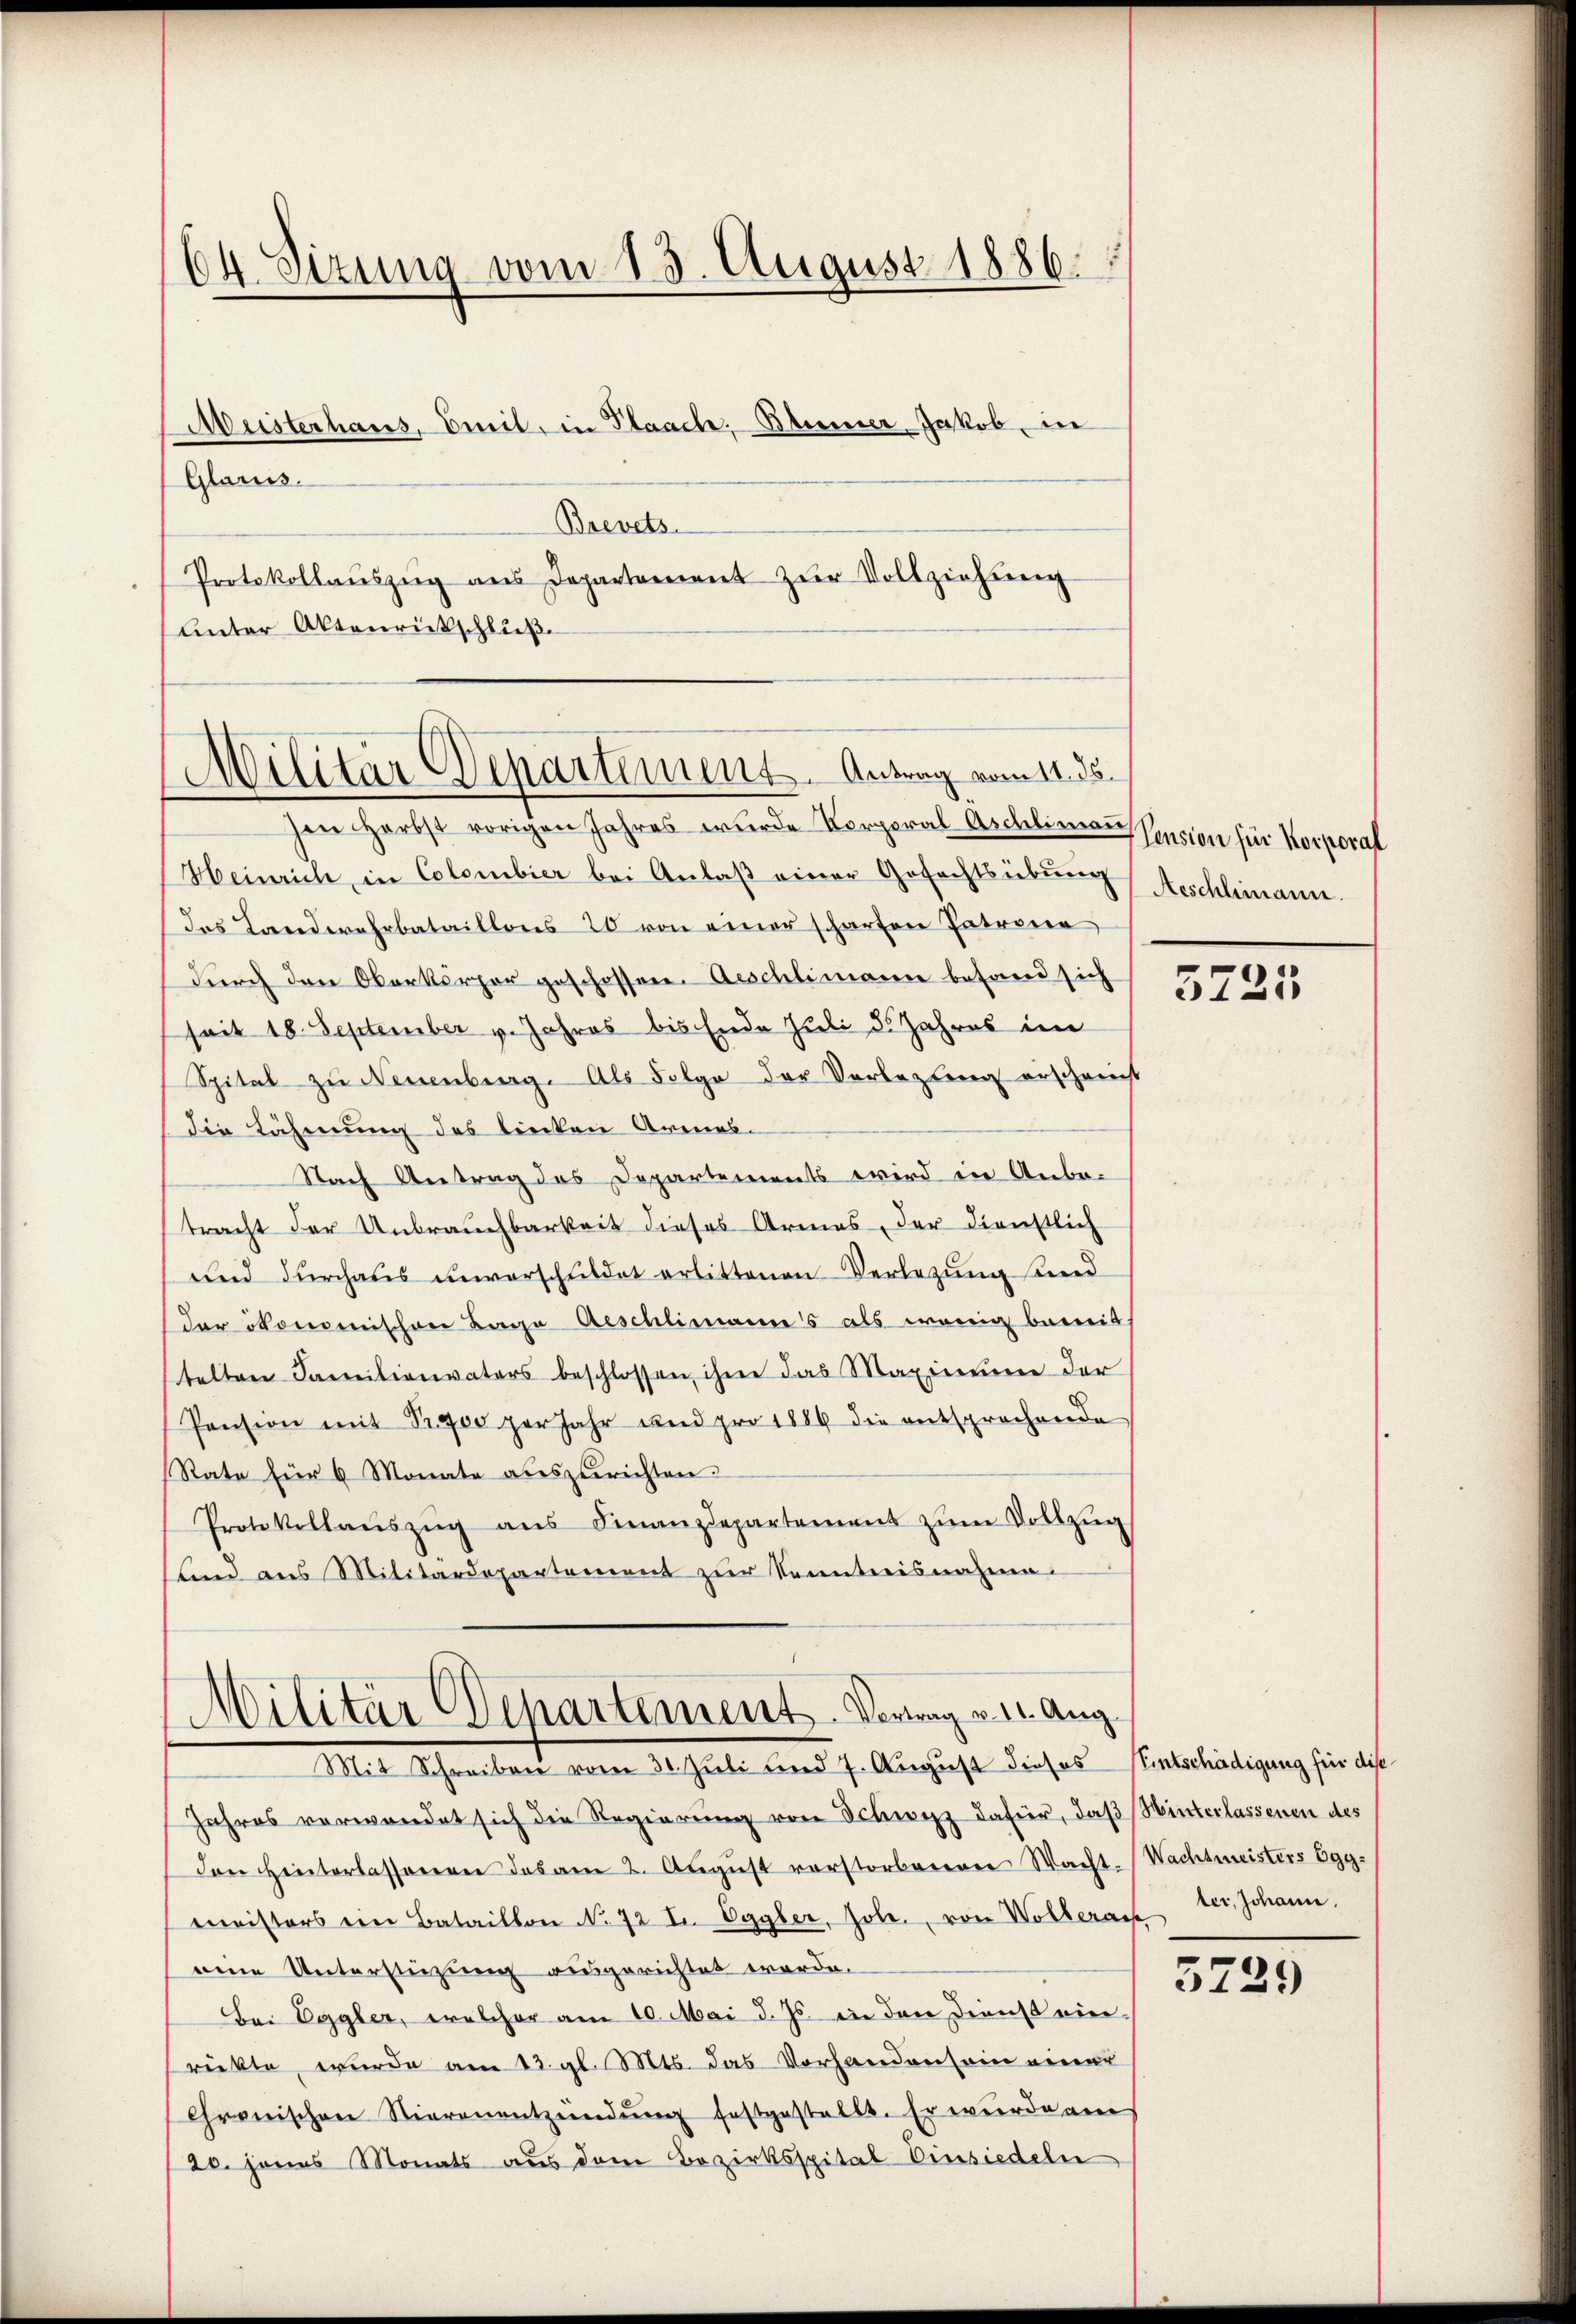
64. Sizung vom 13. August 1886.

Militär Departement. Antrag vom 11. 85.

Militär Departement. Vorweg von Aug.
Mit Schreiben vom 31. Juli und 7. August dieses Entschädigung für dise

Meisterhaus, Breit, in Plaach, Blümer Jakob, die
Glarus.
Brevets.
Protokollaŭszŭg ans Departement zŭr Vollziehung
Unter Aktenrückschluß

hen Herbst vorigen Jahres wurde Korporal Aschlimann
Heinrich, in Colombier bei Anlaß einer Gefechtsübung
das Landerahrbataillons 20 von einer scharfen Patrona
durch den Oberkörper geschossen. Aeschlimann besand sich
seit 18. September v. Jahres bis Ende Juli 5. Jahres im
Spital zu Neuenburg. Als Folge der Vorlegten erscheinst
die Lähmung des linken Armes¬
Nach Antrag des Departements wird in Anbe-
tracht der Unbrauchbarkeit dieses Armes, der dienstlich
und durchaus unverschuldet erbittenen Verlegung sind
(der ökonomischen Lage Aeschlimanns als wenig bereit
telten Familienvaters beschlossen ihm das Maximum der
Pension mit Pr 900 per Jahr und pro 1886 die entsprochende
Rate für 6 Monate auszurichten.
Protokollaŭszŭg ans Finanzdepartement zŭm Vollzŭg
lind aus Militärdepartement zur Kenntnisnahme.

Jahres verwendet sich die Regierŭng von Schwyz dafür, daß Winterlassenen des
Den Hinterlassenen das am 2. Aŭgŭst verstorbeneren Wacht-Wachtmeisters Egg-
meisters ein Bataillon No 72 I. Oggler, Jole., von Wollerachter, Johann,
eine Unterstüzung ausgerichtet werde.
Bei Eggler, welcher am 10. Mai d. Js. in den Dienst einrickte wurde am 12. gl. Mts. das Vorhandensein einer
Chronischen Stierenentzündŭng festgestellt. Er wurde am
20. Janus Monats aus dem Bezirksspital Einsiedeln

Cension für Korporal
Aeschlimann.

5725

3729